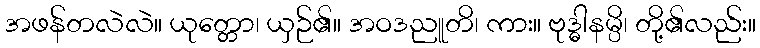
အဖန်တလဲလဲ။ ယုတ္တော၊ ယှဉ်၏။ အဝဒညူတိ၊ ကား။ ဗုဒ္ဓါနမ္ပိ၊ တို့၏လည်း။